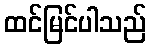
ထင်မြင်ပါသည်